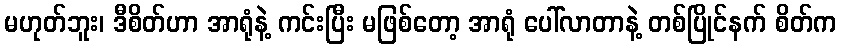
မဟုတ်ဘူး၊ ဒီစိတ်ဟာ အာရုံနဲ့ ကင်းပြီး မဖြစ်တော့ အာရုံ ပေါ်လာတာနဲ့ တစ်ပြိုင်နက် စိတ်က